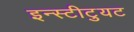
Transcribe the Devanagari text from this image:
इन्स्टीटुयट